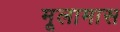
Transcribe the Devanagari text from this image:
मूलामास